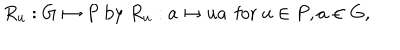
R _ { u } : G \mapsto P \mathrm { ~ b y ~ } R _ { u } : a \mapsto u a \, \mathrm { ~ f o r ~ } u \in P , a \in G ,